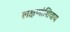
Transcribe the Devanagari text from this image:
लक्षणांशिवाय